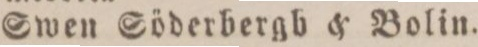
Swen Söderbergb & Bolin.